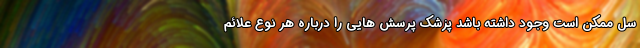
سل ممکن است وجود داشته باشد پزشک پرسش هایی را درباره هر نوع علائم